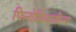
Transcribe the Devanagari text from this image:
फिनोथियाजीन्स